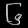
Digit: ၆